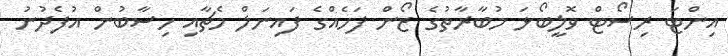
އިންޓަ ރިސޯޓް ވޮލީބޯޅަ މުބާރާތުގެ ޒޯން ފަހެއްގެ ފައިނަލް މެޗާއި ހިސާބުން އުފެދުނު